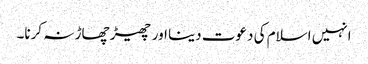
انہیں اسلام کی دعوت دینا اور چھیڑ چھاڑ نہ کرنا۔